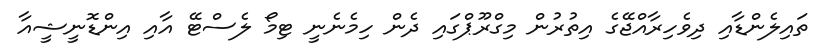
ތައިލެންޑާއި ދިވެހިރާއްޖޭގެ އިތުރުން މިގްރޫޕްގައި ދެން ހިމެނެނީ ޓިމޯ ލެސްޓޭ އާއި އިންޑޮނީޝީއާ